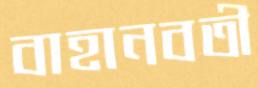
বাহানবতী